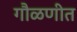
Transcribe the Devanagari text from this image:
गौळणीत